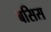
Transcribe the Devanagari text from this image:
बसिस